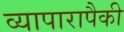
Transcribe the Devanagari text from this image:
व्यापारापैकी